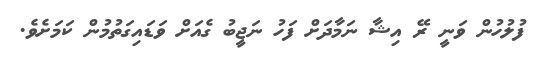
ފުލުހުން ވަނީ ރޭ އިޝާ ނަމާދަށް ފަހު ނަޖީބު ގެއަށް ވަޑައިގަތުމުން ކަމަށެވެ.